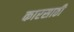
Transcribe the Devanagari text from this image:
कारसाठी